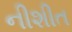
નીશીત